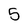
Character: 5